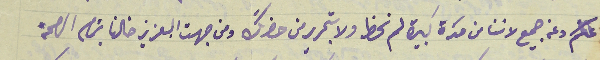
عنكم وعن جميع لاننا من مدَة كبيرة لم نحظ ولا بتحرير من حضرتك ومن جهت العزيز خالنا بتمام الصحة